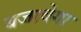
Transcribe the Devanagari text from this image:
बजावेगा